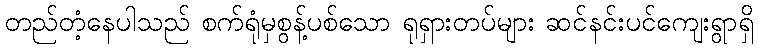
တည်တံ့နေပါသည် စက်ရုံမှစွန့်ပစ်သော ရုရှားတပ်များ ဆင်နင်းပင်ကျေးရွာရှိ